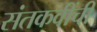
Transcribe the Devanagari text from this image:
संतकवींची